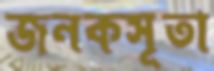
জনকসূতা